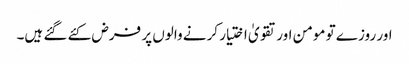
اور روزے تو مومن اور تقویٰ اختیار کرنے والوں پر فرض کئے گئے ہیں۔